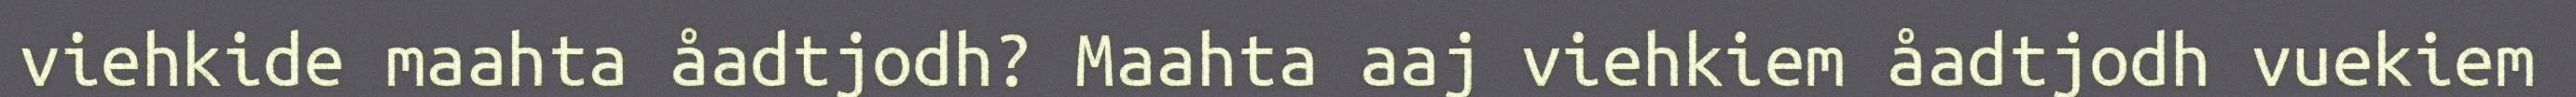
viehkide maahta åadtjodh? Maahta aaj viehkiem åadtjodh vuekiem